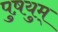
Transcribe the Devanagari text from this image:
पुष़युम्